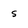
Character: 5